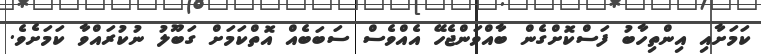
ކަމަށާއި އިންތިހާބު ފަސްކޮށްގެން ބާއްވަންޖެހޭ އެއްވެސް ސަބަބެއް އޮތްކަމަށް ގަބޫލު ނުކުރައްވާ ކަމަށެވެ.